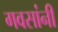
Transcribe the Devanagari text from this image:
गवसांनी